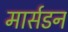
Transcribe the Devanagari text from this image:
मार्सडन